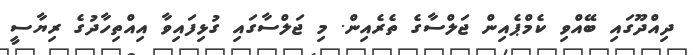
ދިއްދޫގައި ބޭއްވި ކެމްޕެއިން ޖަލްސާގެ ތެރެއިން. މި ޖަލްސާގައި ގުޅިފައިވާ އިއްތިހާދުގެ ރިޔާސީ